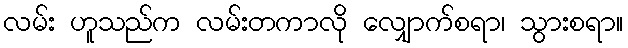
လမ်း ဟူသည်က လမ်းတကာလို လျှောက်စရာ၊ သွားစရာ။